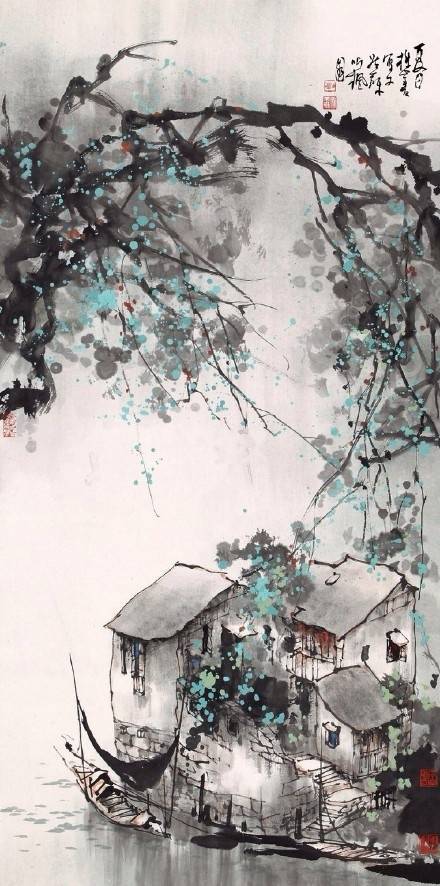
还似旧时游上苑，车如流水马如龙。